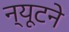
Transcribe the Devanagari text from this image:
न्यूटने